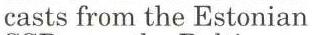
casts from the Estonian